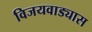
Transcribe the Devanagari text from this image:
विजयवाड्यास